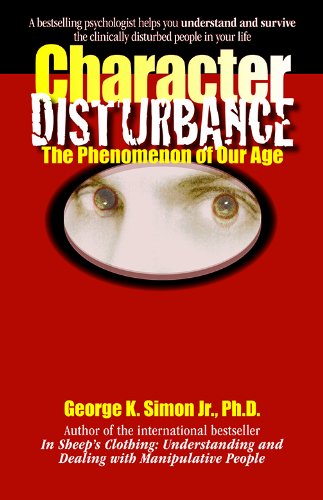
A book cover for Character Disturbance: the phenomenon of our age; George K. Simon Ph.D.; Parenting & Relationships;